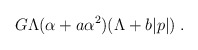
\begin{align*}G\Lambda(\alpha+a\alpha^2)(\Lambda +b|p|)\;.\end{align*}